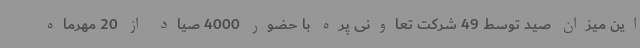
این میزان صید توسط 49 شرکت تعاونی پره با حضور 4000 صیاد از 20 مهرماه